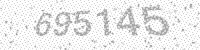
Solution: 695145